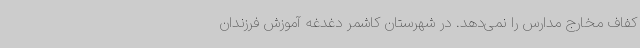
کفاف مخارج مدارس را نمی‌دهد. در شهرستان کاشمر دغدغه آموزش فرزندان